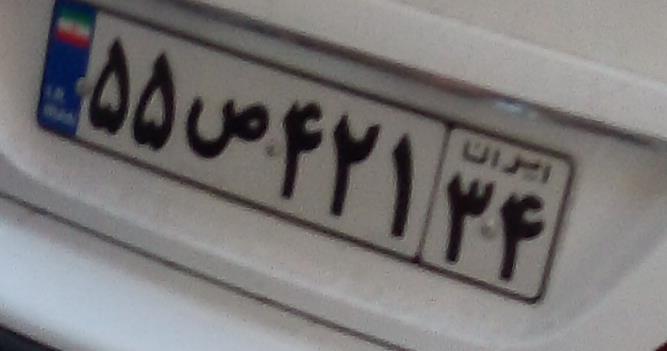
۵۵ص۴۲۱۳۴